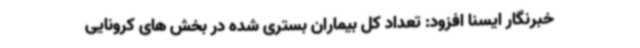
خبرنگار ایسنا افزود: تعداد کل بیماران بستری شده در بخش های کرونایی